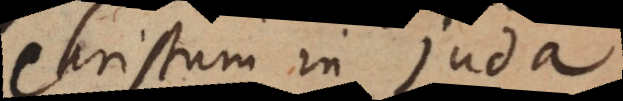
Christum in Juda